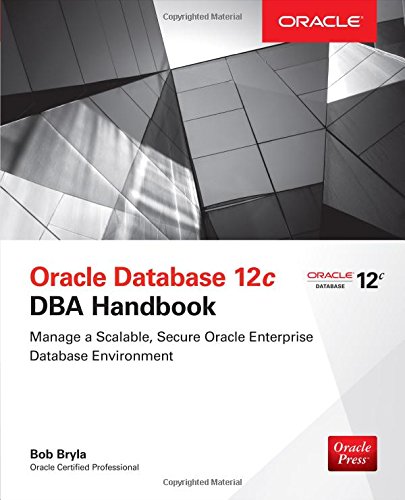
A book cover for Oracle Database 12c DBA Handbook (Oracle Press); Bob Bryla; Computers & Technology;